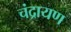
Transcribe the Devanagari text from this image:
चंद्रायण